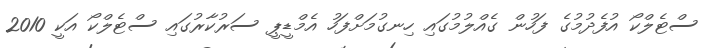
ސްޓެލްކޯ އުފެދުމުގެ ފަހުން ގެއްލުމުގައި ހިނގުމަށްފަހު އެމްޑީޕީ ސަރުކާރުގައި ސްޓެލްކޯ އަކީ 2010